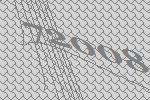
72008